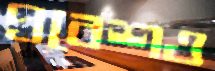
প্রবেশও